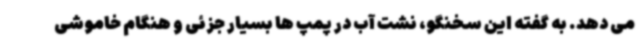
می دهد. به گفته این سخنگو، نشت آب در پمپ ها بسیار جزئی و هنگام خاموشی